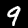
Label: 9